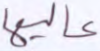
عاليها